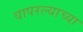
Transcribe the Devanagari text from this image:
वापरल्याच्या